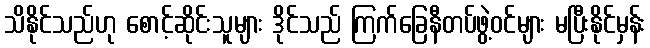
သိနိုင်သည်ဟု စောင့်ဆိုင်းသူများ ဒိုင်သည် ကြက်ခြေနီတပ်ဖွဲ့ဝင်များ မပြီးနိုင်မှန်း